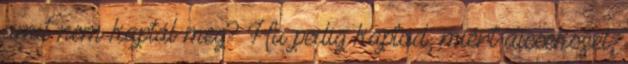
amit nem kaptál meg? Ha pedig kaptad, miért dicsekszel,